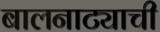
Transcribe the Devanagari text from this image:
बालनाट्याची